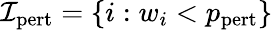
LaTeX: \mathcal{I}_{\mathrm{pert}}=\left\lbrace i:w_{i}<p_{\mathrm{pert}}\right\rbrace